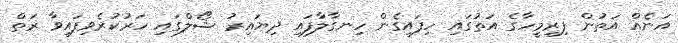
އަނެއް އަތުން ފިރިމީހާގެ އަތުގައި ހިފައިގެން ހިނގާލާފައި ދިޔައިރު ޝޯލްގައި ހަރުކުރެވިފައިވާ ރަތް